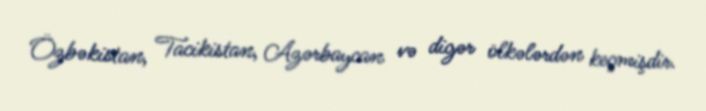
Özbəkistan, Tacikistan, Azərbaycan və digər ölkələrdən keçmişdir.